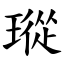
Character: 瑽